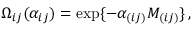
\Omega _ { i j } ( \alpha _ { i j } ) = \exp \{ - \alpha _ { ( i j ) } M _ { ( i j ) } \} \, ,